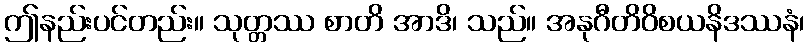
ဤနည်းပင်တည်း။ သုတ္တဿ စာတိ အာဒိ၊ သည်။ အနုဂီတိဝိစယနိဒဿနံ၊